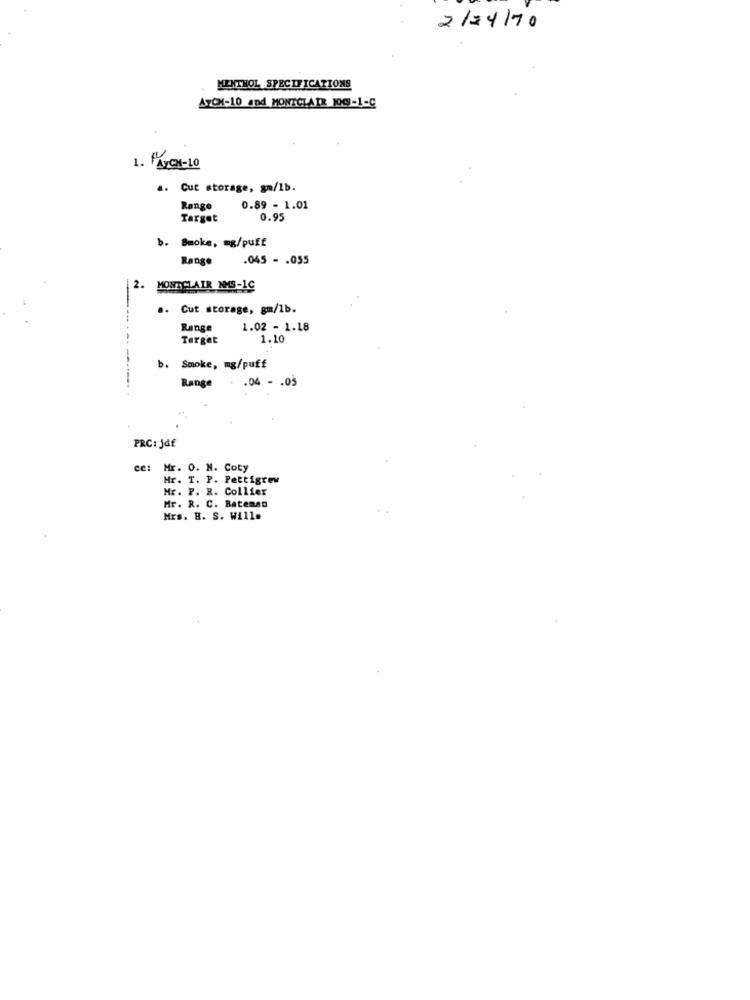
2124/70
MENTHOL SPECIFICATIONS
ATOM-10 and MONTCLAIR 100-1-C
1. PATCH-10
4. Cut storage, gm/1b.
Range
0.89 - 1.01
Target
0.95
b. Smoke, mg/puff
Range
.045 - . 055
MONTCLAIR NMS-1C
.. Cut storage, gm/1b.
Range
1.02 - 1.18
Target
1.10
b. Smoke, mg/puff
.04 - . 05
Range
PRC: Jdf
ce:
Mr. O. N. Coty
Mr. T. P. Pettigrew
Mr. P. R. Collier
Mr. R. C. Bateman
Mrs. H. S. Will.